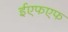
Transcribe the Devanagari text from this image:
ईएफएफ